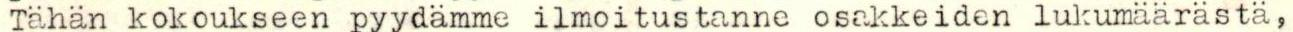
Tähän kokoukseen pyydämme ilmoitustanne osakkeiden lukumäärästä,